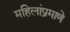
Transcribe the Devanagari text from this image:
महिलांप्रमाणे